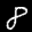
Label: 8